Anatomy and histology of ticks - Number 23
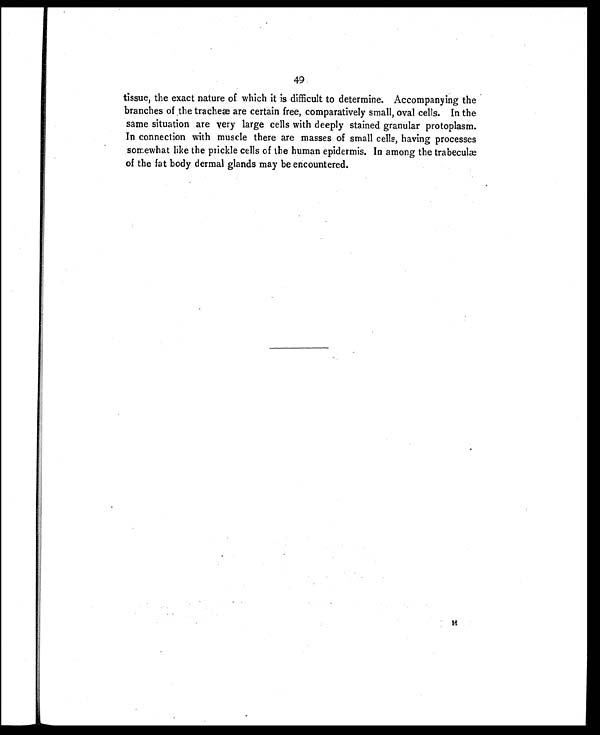
49
tissue, the exact nature of which it is difficult to determine. Accompanying the
branches of the tracheæ are certain free, comparatively small, oval cells. In the
same situation are very large cells with deeply stained granular protoplasm.
In connection with muscle there are masses of small cells, having processes
somewhat like the prickle cells of the human epidermis. In among the trabeculæ
of the fat body dermal glands may be encountered.
H